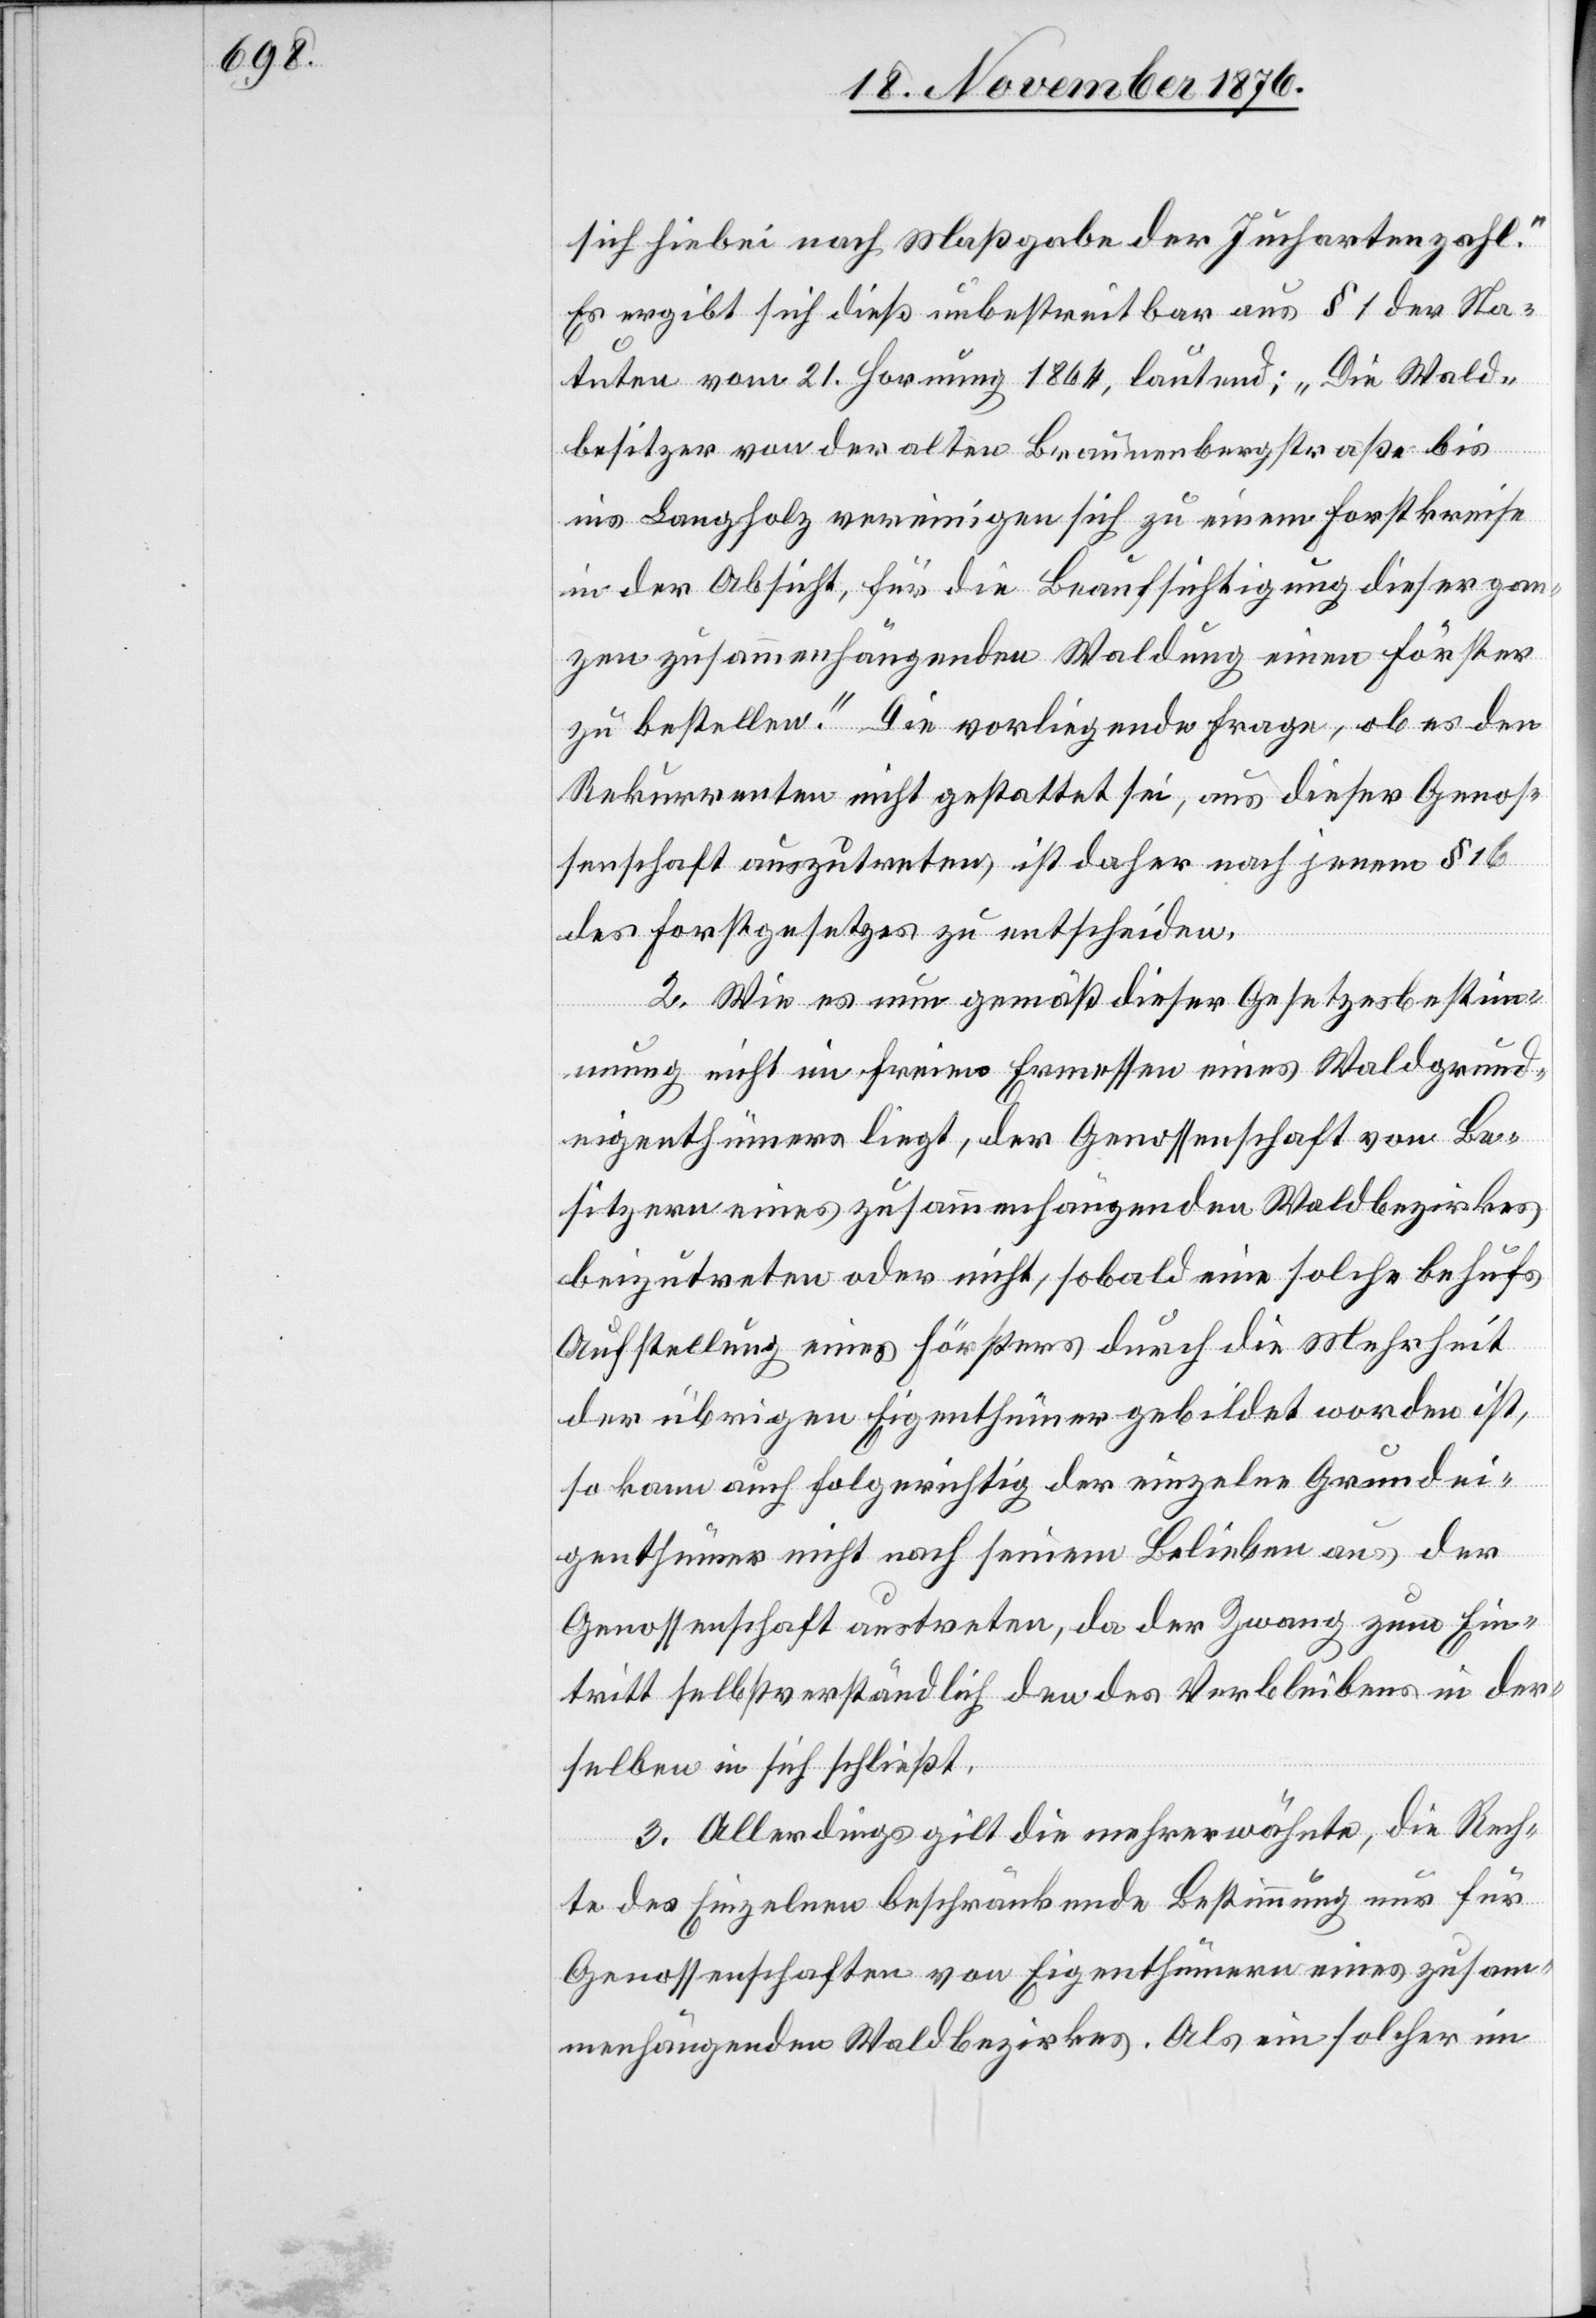
sich hiebei nach Maßgabe der Juchartenzahl.“
Es ergibt sich dieß unbestreitbar aus § 1 der Sta¬
tuten vom 21. Hornung 1864, lautend: „Die Wald¬
besitzer von der alten Braunerbergstraße bis
ins Langholz vereinigen sich zu einem Forstkreise
in der Absicht, für die Beaufsichtigung dieser gan¬
zen zusammenhängenden Waldung einen Förster
zu bestellen.“ Die vorliegende Frage, ob es den
Rekurrenten nicht gestattet sei, aus dieser Genos¬
senschaft auszutreten, ist daher nach jenem § 16
des Forstgesetzes zu entscheiden.
2. Wie es nun gemäß dieser Gesetzesbestim¬
mung nicht im freien Ermessen eines Waldgrund¬
eigenthümers liegt, der Genossenschaft von Be¬
sitzern eines zusammenhängenden Waldbezirkes
beizutreten oder nicht, sobald eine solche behufs
Aufstellung eines Försters durch die Mehrheit
der übrigen Eigenthümer gebildet worden ist,
so kann auch folgerichtig der einzelne Grundei¬
genthümer nicht nach seinem Belieben aus der
Genossenschaft austreten, da der Zwang zum Ein¬
tritt selbstverständlich den des Verbleibens in der¬
selben in sich schließt.
3. Allerdings gilt die mehrerwähnte, die Rech¬
te des Einzelnen beschränkende Bestimmung nur für
Genossenschaften von Eigenthümern eines zusam¬
menhängenden Waldbezirkes. Als ein solcher im